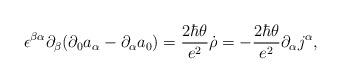
LaTeX: \begin{align*}\epsilon^{\beta\alpha}\partial_\beta (\partial_0a_\alpha-\partial_\alpha a_0)={2\hbar\theta\over e^2}\dot\rho=- {2\hbar\theta\over e^2}\partial_\alpha j^\alpha,\end{align*}